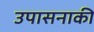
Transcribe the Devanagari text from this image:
उपासनाकी